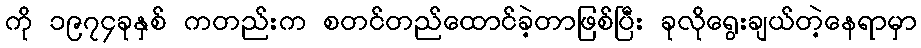
ကို ၁၉၇၄ခုနှစ် ကတည်းက စတင်တည်ထောင်ခဲ့တာဖြစ်ပြီး ခုလိုရွေးချယ်တဲ့နေရာမှာ